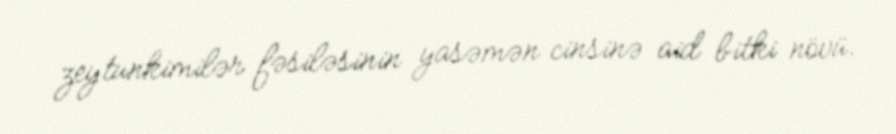
zeytunkimilər fəsiləsinin yasəmən cinsinə aid bitki növü.